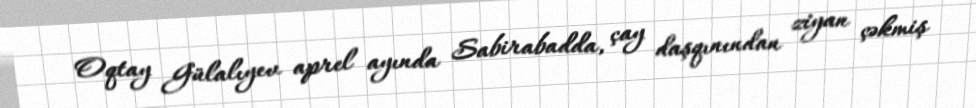
Oqtay Gülalıyev aprel ayında Sabirabadda, çay daşqınından ziyan çəkmiş